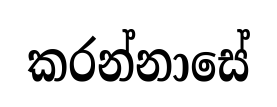
කරන්නාසේ